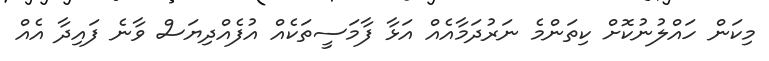
މިކަން ހައްލުނުކޮށް ކިތަންމެ ނަރުދަމާއެއް އަޅާ ފާމަސީތަކެއް އުފެއްދިޔަސް ވާނެ ފައިދާ އެއް